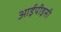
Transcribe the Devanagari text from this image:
आईपीइसी